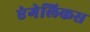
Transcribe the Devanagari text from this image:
एंगेलिकस